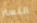
التستر